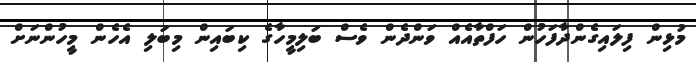
މުޅިން ފިލައިގެންދާފަހުން ހަފްތާއެއް ވަންދެން ވެސް ބަލިމީހާގެ ކިބައިން މިބަލި އެހެން މީހުންނަށް